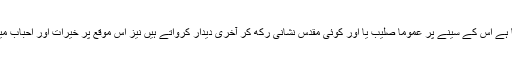
میت کو بہترین (بالعموم نیا) لباس پہنا کر کے تابوت میں لتا دیا جاتا ہے اس کے سینے پر عموما صلیب یا اور کوئی مقدس نشانی رکھ کر آخری دیدار کرواتے ہیں نیز اس موقع پر خیرات اور احباب میں کھانے پینے کی اشیا اور روپے وغیرہ بھی تقسیم کیے جاتے ہیں۔